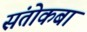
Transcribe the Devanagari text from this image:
संतोकबा